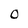
Character: 0